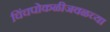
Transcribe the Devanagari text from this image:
चिंचपोकळीजवळच्या